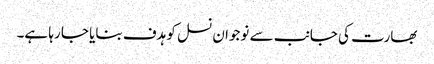
بھارت کی جانب سے نوجوان نسل کو ہدف بنایا جا رہا ہے۔